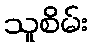
သူစိမ်း